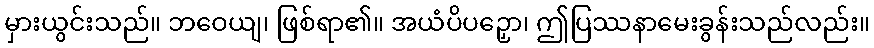
မှားယွင်းသည်။ ဘဝေယျ၊ ဖြစ်ရာ၏။ အယံပိပဉှော၊ ဤပြဿနာမေးခွန်းသည်လည်း။